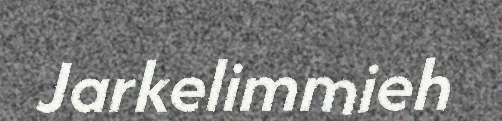
Jarkelimmieh